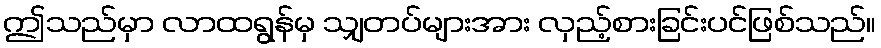
ဤသည်မှာ လာထရွန်မှ သျှတပ်များအား လှည့်စားခြင်းပင်ဖြစ်သည်။